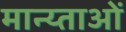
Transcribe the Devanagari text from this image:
मान्य्ताओं